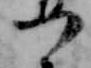
つ